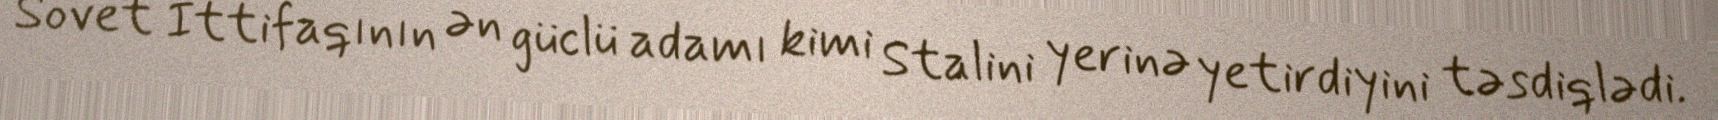
Sovet İttifaqının ən güclü adamı kimi Stalini yerinə yetirdiyini təsdiqlədi.